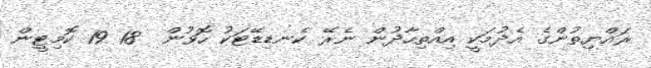
ރައްޔިތުންގެ އެދުމަކީ އިއްތިހާދުން ނެރޭ ކެނޑިޑޭޓަކު ހޮވުން  18 19 ކޮމިޓީން